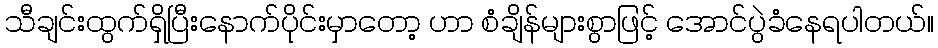
သီချင်းထွက်ရှိပြီးနောက်ပိုင်းမှာတော့ ဟာ စံချိန်များစွာဖြင့် အောင်ပွဲခံနေရပါတယ်။